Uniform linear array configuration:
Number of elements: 48
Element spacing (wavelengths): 0.25
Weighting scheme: exponential
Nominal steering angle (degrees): -30
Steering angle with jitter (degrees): -28.908
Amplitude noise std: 0.05
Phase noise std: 0.05

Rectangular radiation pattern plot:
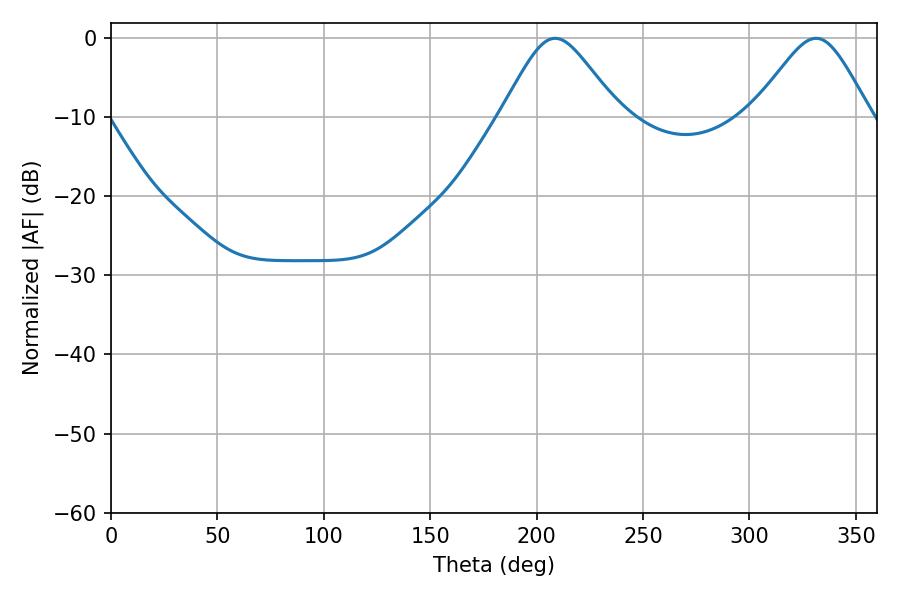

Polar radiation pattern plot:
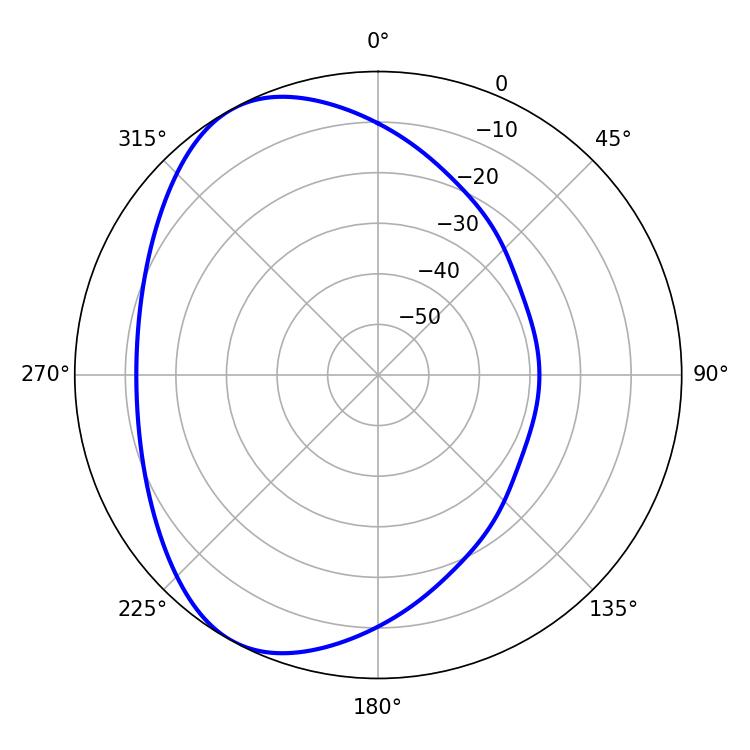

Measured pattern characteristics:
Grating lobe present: FALSE
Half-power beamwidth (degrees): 26.82
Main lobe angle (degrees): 208.62